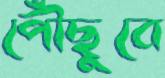
পৌঁছুবে